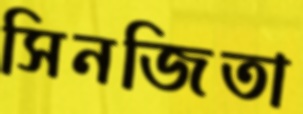
সিনজিতা